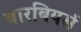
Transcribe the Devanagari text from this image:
बारबियर्स